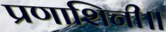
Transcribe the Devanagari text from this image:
प्रणाशिनी॥